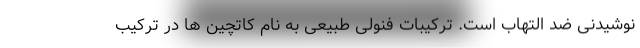
نوشیدنی ضد التهاب است. ترکیبات فنولی طبیعی به نام کاتچین ها در ترکیب